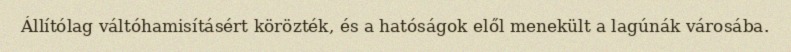
Állítólag váltóhamisításért körözték, és a hatóságok elől menekült a lagúnák városába.